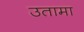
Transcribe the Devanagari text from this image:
उतामा